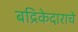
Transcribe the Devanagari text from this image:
बद्रिकेदाराचे